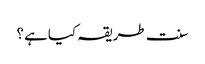
سنت طریقہ کیاہے ؟